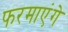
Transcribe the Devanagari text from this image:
फरमाएंगे